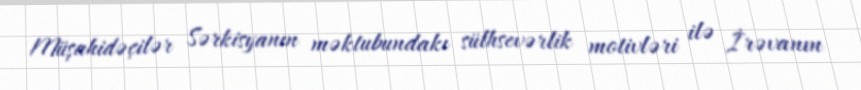
Müşahidəçilər Sərkisyanın məktubundakı sülhsevərlik motivləri ilə İrəvanın